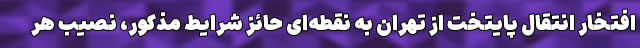
افتخار انتقال پایتخت از تهران به نقطه‌ای حائز شرایط مذکور، نصیب هر